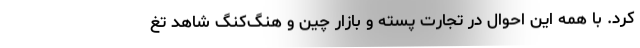
کرد. با همه این احوال در تجارت پسته و بازار چین و هنگ‌کنگ شاهد تغ